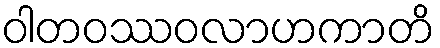
ဝါတဝဿဝလာဟကာတိ